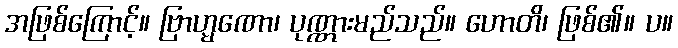
အဖြစ်ကြောင့်။ ဗြာဟ္မဏော၊ ပုဏ္ဏားမည်သည်။ ဟောတိ၊ ဖြစ်၏။ ပ။